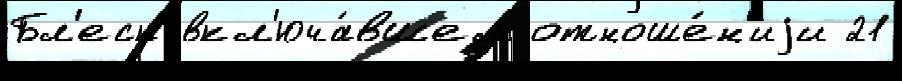
Бл'еск вкл'юча́вшем отноше́н'иjи 21